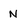
Character: N